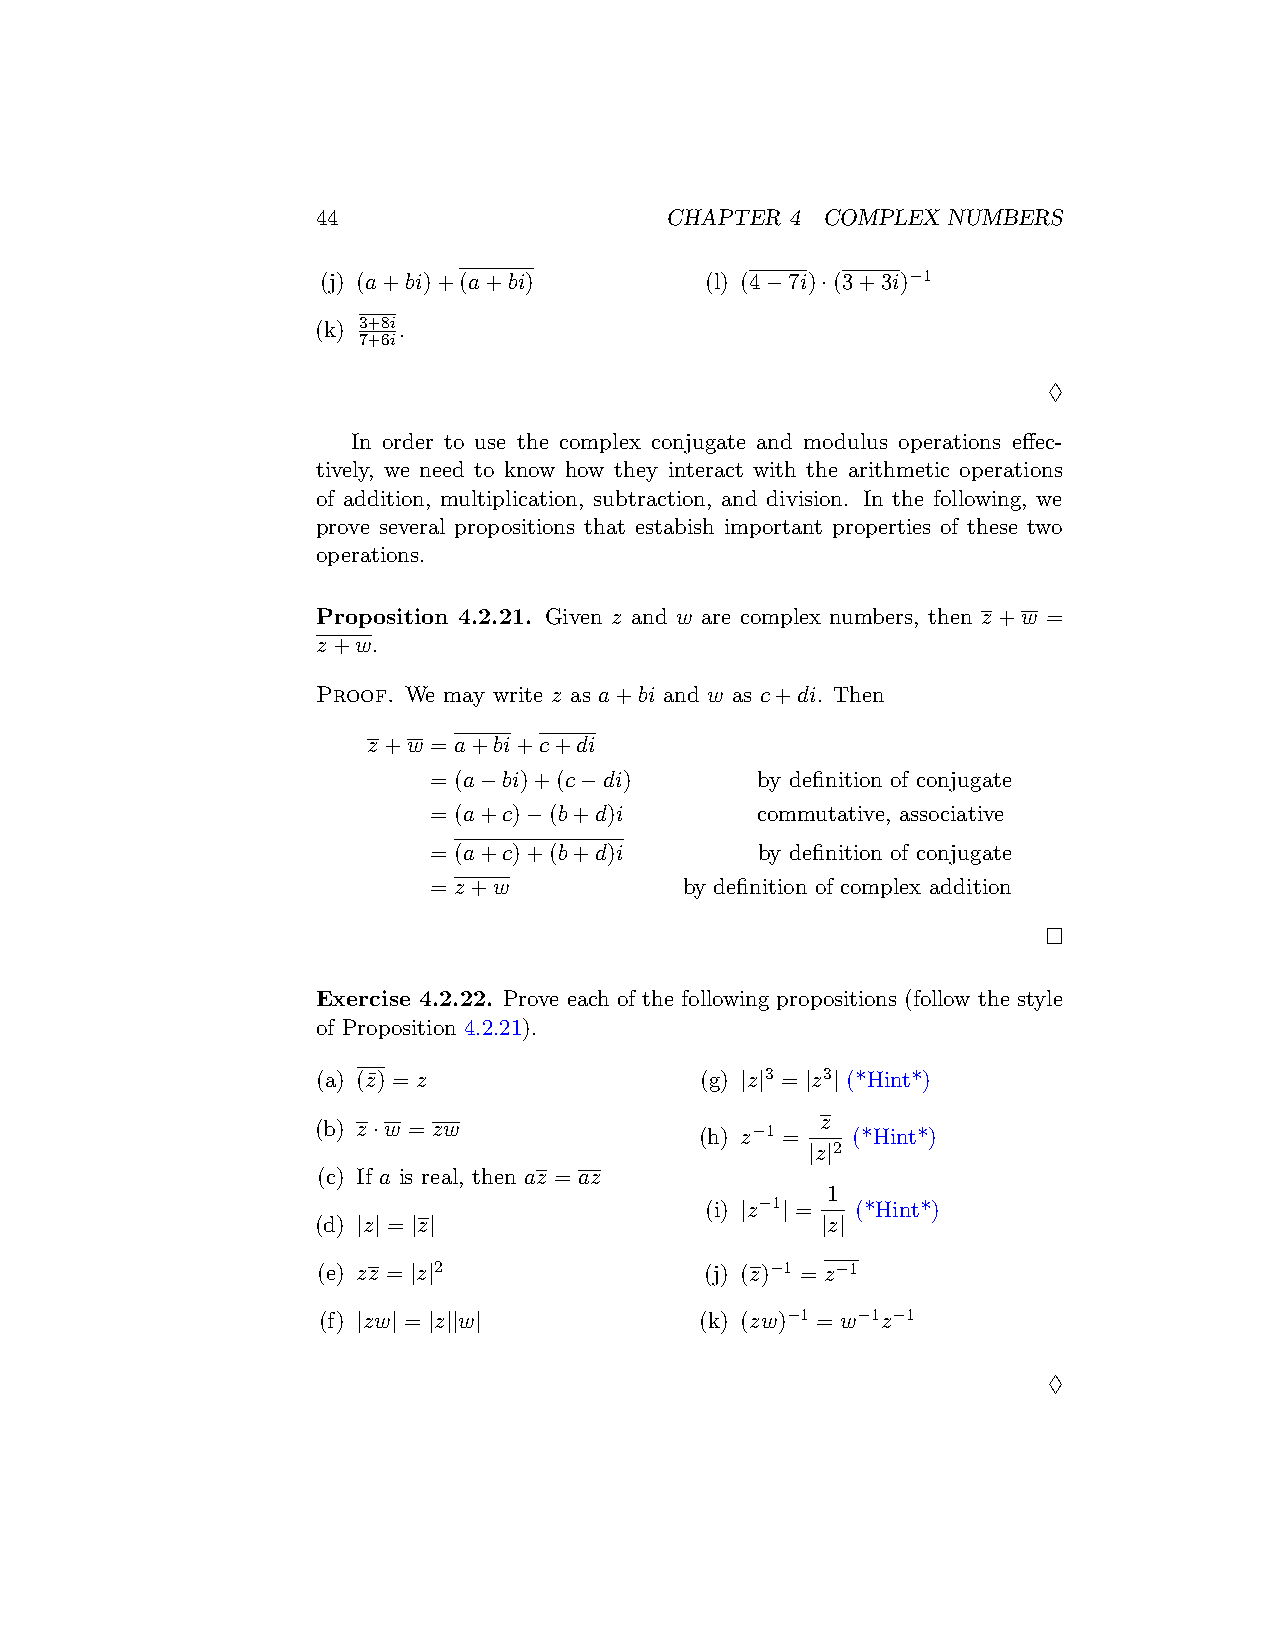
44                     CHAPTER 4 COMPLEX  NUMBERS
 (j) (a+bi)+(a+bi)         (l) (4−7i)·(3+3i)−1
 (k) 3+8i.
 7+6i
 ♢
 In order to use the complex conjugate and modulus operations effec-
 tively, we need to know how they interact with the arithmetic operations
 of addition, multiplication, subtraction, and division. In the following, we
 prove several propositions that estabish important properties of these two
 operations.
 Proposition 4.2.21. Given z and w are complex numbers, then z +w =
 z+w.
 Proof. We may write z as a+bi and w as c+di. Then
 z+w = a+bi+c+di
 = (a−bi)+(c−di)       by definition of conjugate
 = (a+c)−(b+d)i        commutative, associative
 = (a+c)+(b+d)i        by definition of conjugate
 = z+w            by definition of complex addition
 □
 Exercise 4.2.22. Prove each of the following propositions (follow the style
 of Proposition 4.2.21).
 (a) (z¯) = z             (g) |z|3 = |z3| (*Hint*)
 z
 (b) z·w = zw             (h) z−1 = (*Hint*)
 |z|2
 (c) If a is real, then az = az
 1
 (i) |z−1| = (*Hint*)
 (d) |z| = |z|                    |z|
 (e) zz = |z|2             (j) (z)−1 = z−1
 (f) |zw| = |z||w|        (k) (zw)−1 = w−1z−1
 ♢